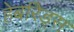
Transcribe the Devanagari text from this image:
हेबरिड्स